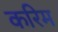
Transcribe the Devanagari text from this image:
करिम